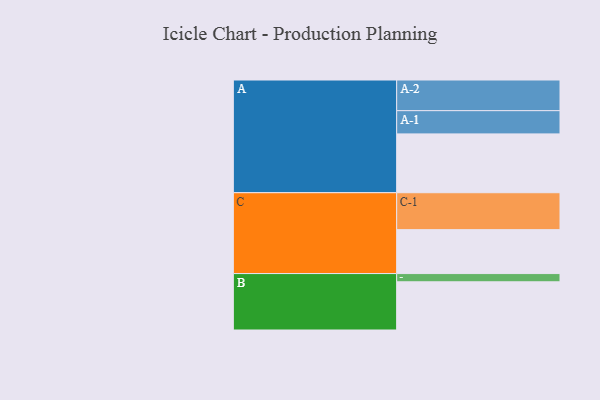
{"axis": {"x": "Segment", "y": "Value"}, "legend": ["", "A", "B", "C"], "data": [{"x": "A", "y": 443, "type": ""}, {"x": "B", "y": 363, "type": ""}, {"x": "C", "y": 331, "type": ""}, {"x": "A-1", "y": 175, "type": "A"}, {"x": "A-2", "y": 231, "type": "A"}, {"x": "B-1", "y": 62, "type": "B"}, {"x": "C-1", "y": 278, "type": "C"}]}